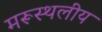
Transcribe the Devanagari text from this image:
मरूस्‍थलीय